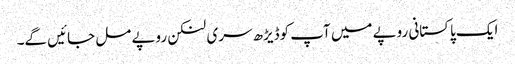
ایک پاکستانی روپے میں آپ کوڈیڑھ سری لنکن روپے مل جائیں گے۔